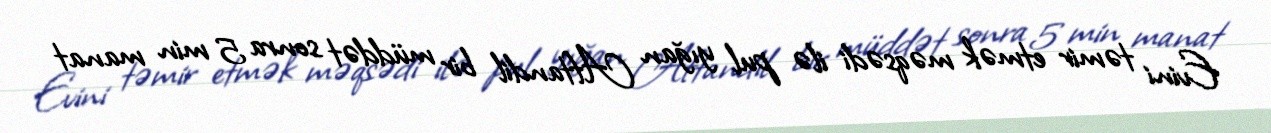
Evini təmir etmək məqsədi ilə pul yığan Aftandil bir müddət sonra 5 min manat